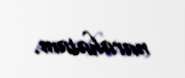
narahatam.